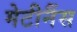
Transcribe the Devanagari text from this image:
मेटीनैंस